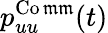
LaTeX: p_{uu}^{\operatorname{Co\mathfrak{m}\mathfrak{m}}}(t)